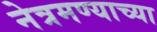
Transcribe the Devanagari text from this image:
नेत्रमण्याच्या